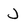
Character: J